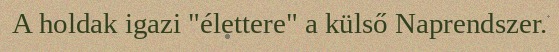
A holdak igazi "élettere" a külső Naprendszer.